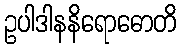
ဥပါဒါနနိရောဓောတိ